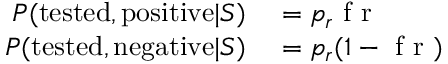
\begin{array} { r l } { P ( \mathrm { t e s t e d , p o s i t i v e } | S ) } & { { } = p _ { r } \mathrm { ~ f ~ r ~ } } \\ { P ( \mathrm { t e s t e d , n e g a t i v e } | S ) } & { { } = p _ { r } ( 1 - \mathrm { ~ f ~ r ~ } ) } \end{array}